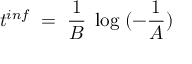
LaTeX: t ^ { i n f } \; = \; \frac { 1 } { B } \; \log \; ( - \frac { 1 } { A } )